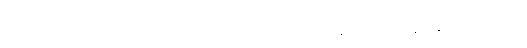
တော်ပြီ အဲဒီအကြောင်းတွေ ညကျမှ နင့်ဆီ ဖုန်းဆက်မယ်။